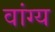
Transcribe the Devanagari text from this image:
वांग्य